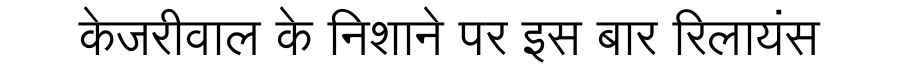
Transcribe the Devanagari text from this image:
केजरीवाल के निशाने पर इस बार रिलायंस